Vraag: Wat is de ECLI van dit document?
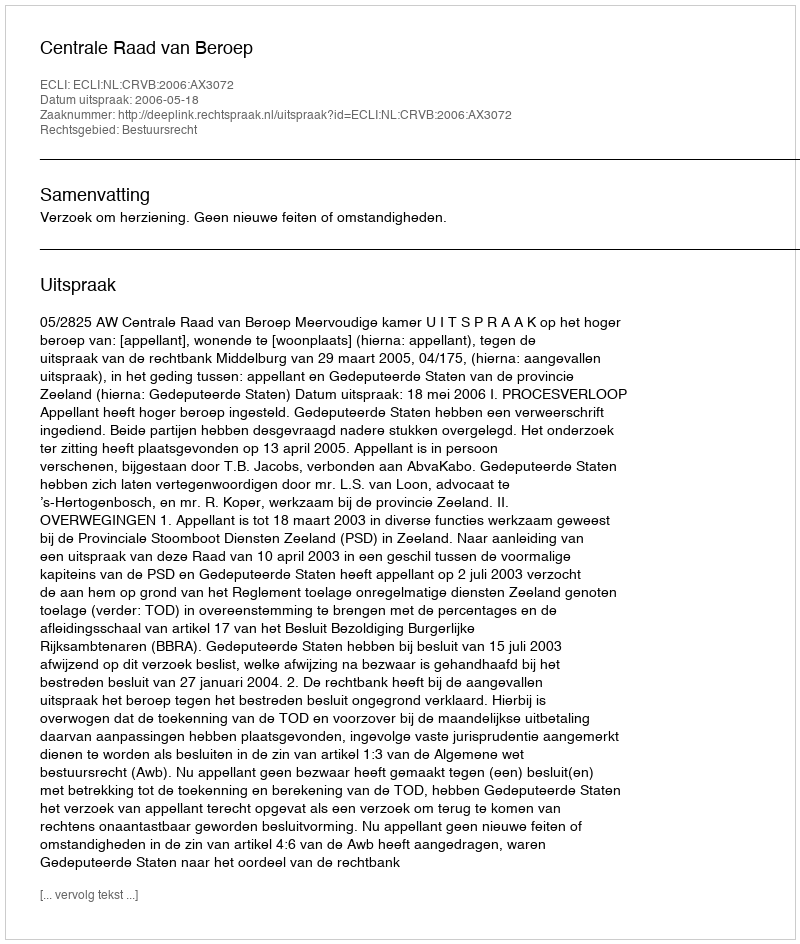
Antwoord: ECLI:NL:CRVB:2006:AX3072